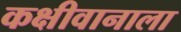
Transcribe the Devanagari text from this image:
कक्षीवानाला